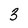
Character: 3